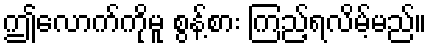
ဤလောက်ကိုမူ စွန့်စား ကြည့်ရလိမ့်မည်။